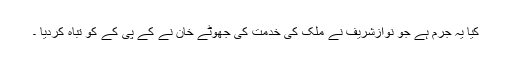
کیا یہ جرم ہے جو نوازشریف نے ملک کی خدمت کی جھوٹے خان نے کے پی کے کو تباہ کردیا ۔